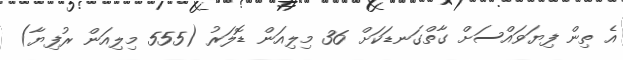
އެ ތިން ފިޔަވައްސަށް ގާތްގަނޑަކަށް 36 މިލިއަން ޑޮލަރު (555 މިލިއަން ރުފިޔާ)